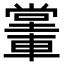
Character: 𨎖